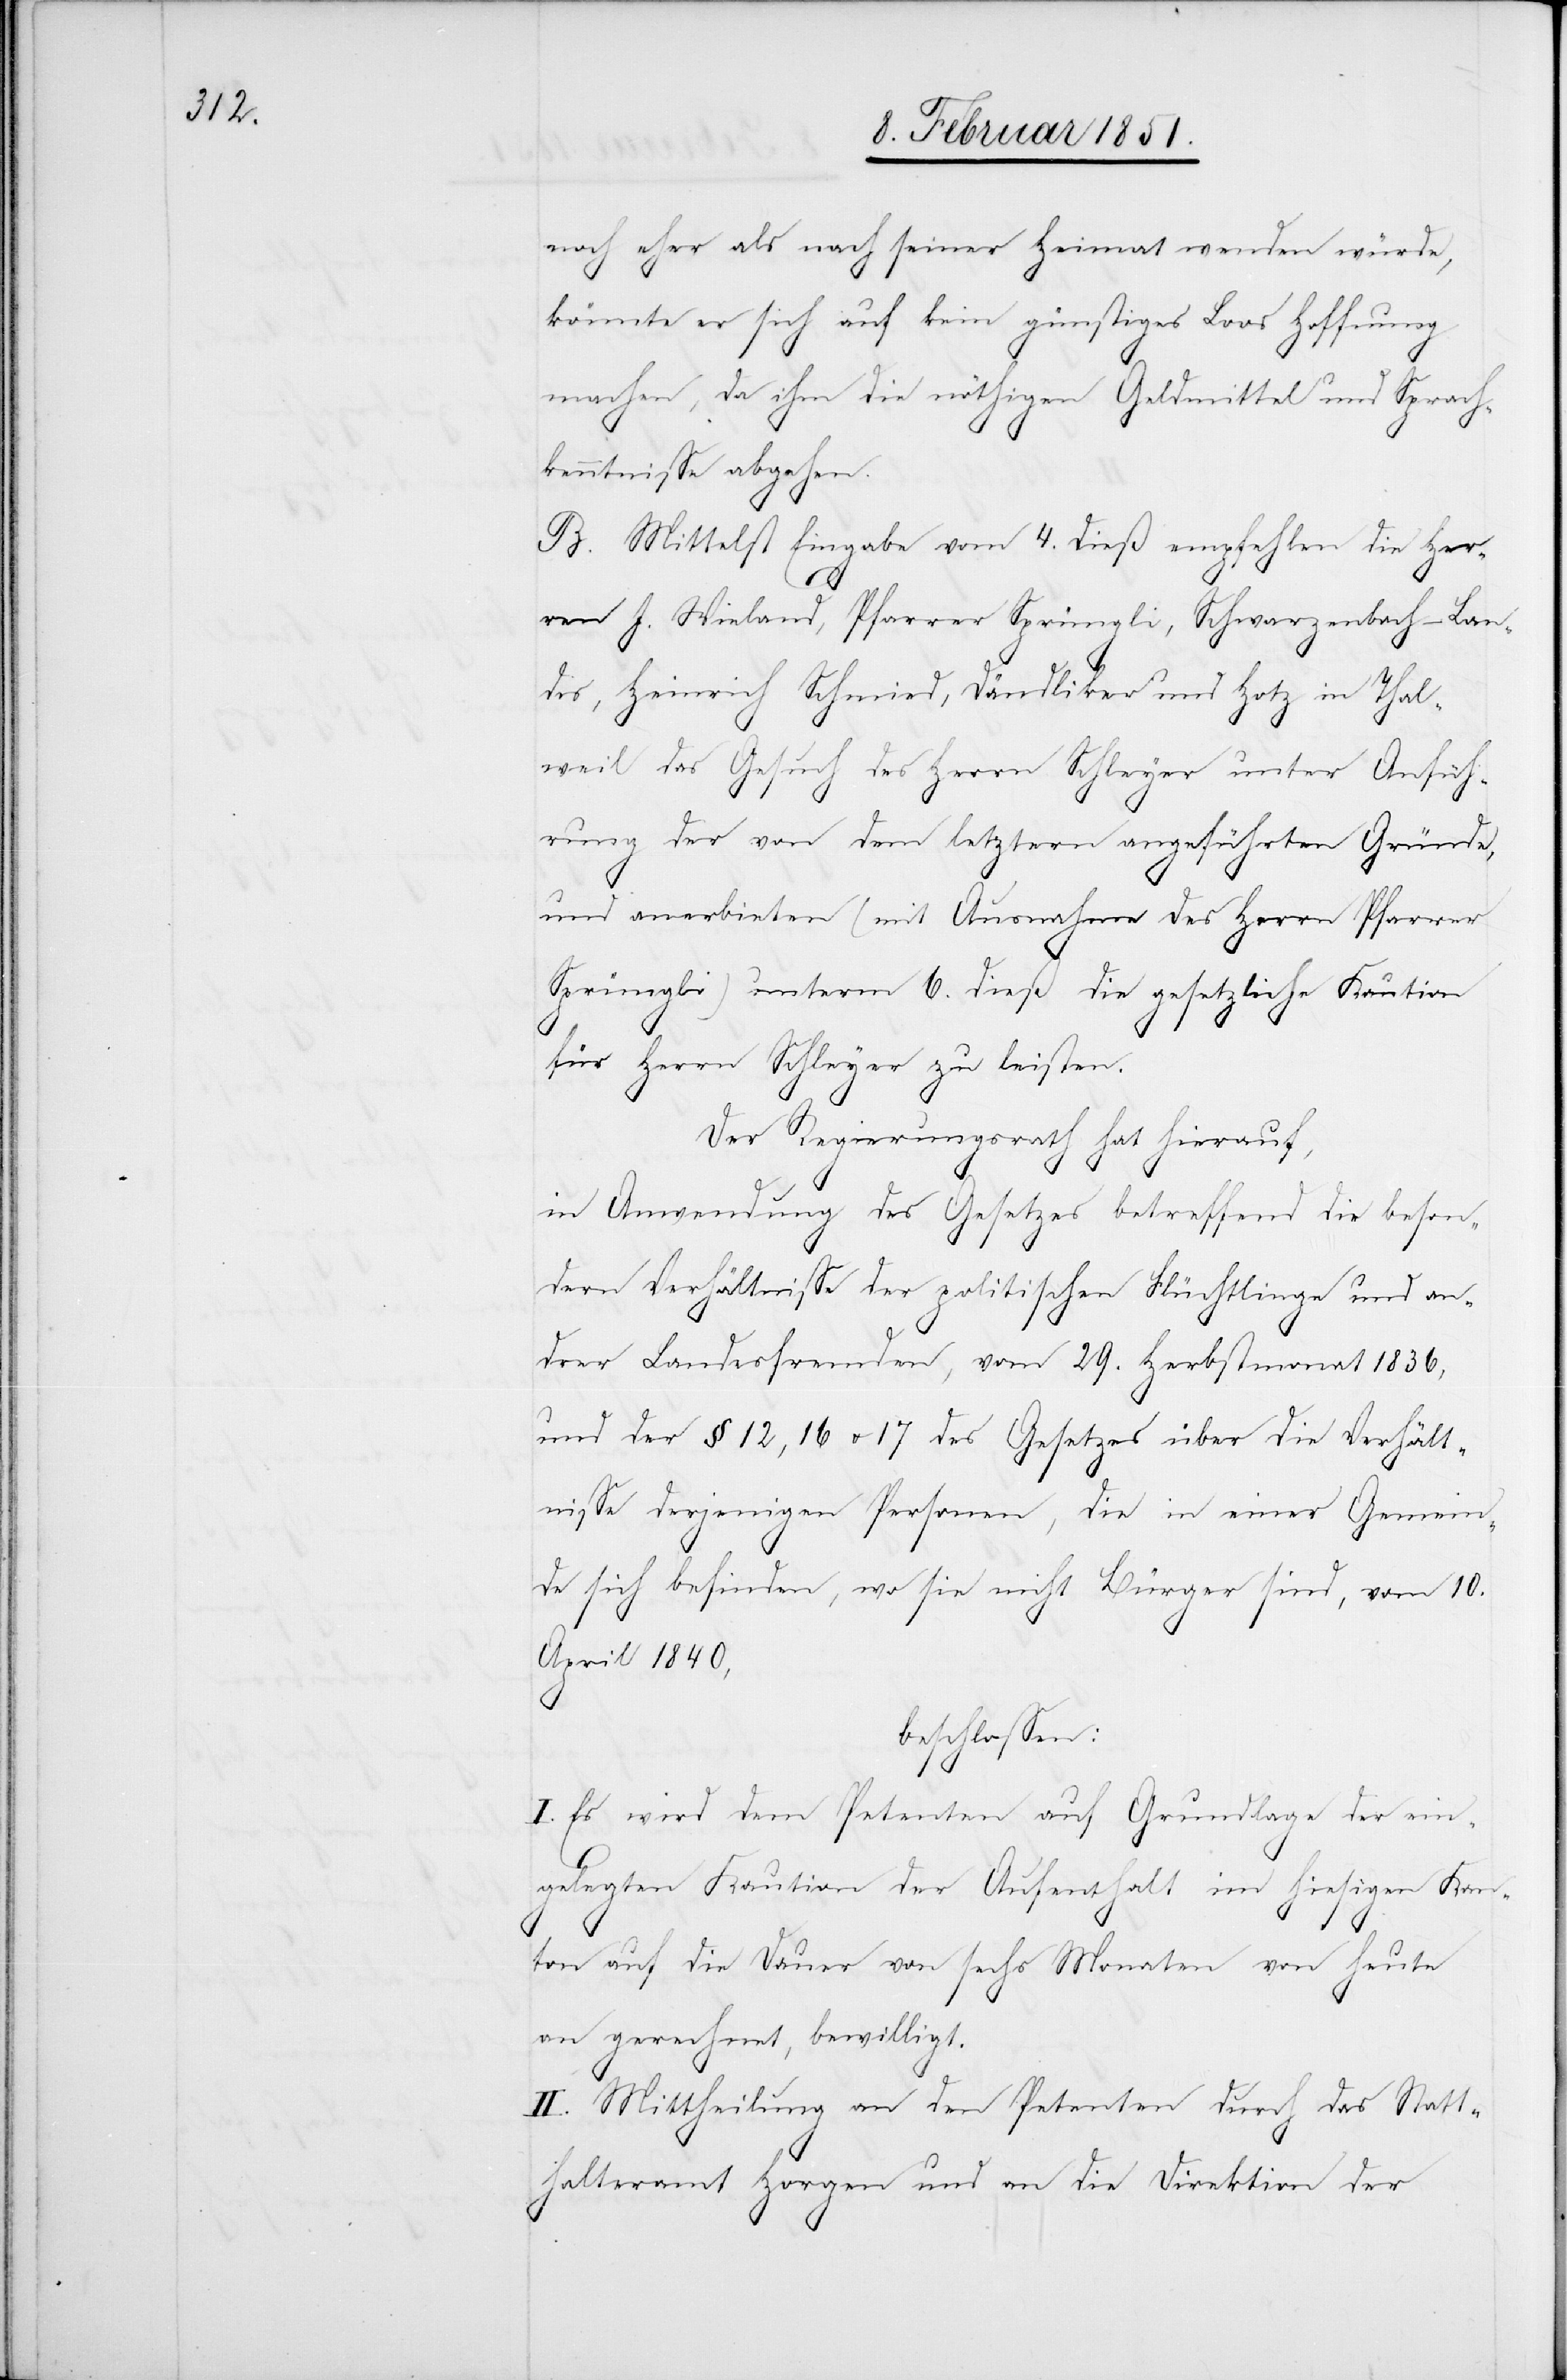
noch eher als nach seiner Heimat wenden würde,
könnte er sich auf kein günstiges Loos Hoffnung
machen, da ihm die nöthigen Geldmittel und Sprach¬
kenntnisse abgehen.
B. Mittelst Eingabe vom 4. dieß empfehlen die Her¬
ren J. Wieland, Pfarrer Sprüngli, Schwarzenbach-Lan¬
dis, Heinrich Schmied, Dändliker und Hotz in Thal¬
weil das Gesuch des Herrn Schleyer unter Anfüh¬
rung der von dem letztern angeführten Gründe,
und anerbieten (mit Ausnahme des Herrn Pfarrer
Sprüngli) unterm 6. dieß die gesetzliche Kaution
für Herrn Schleyer zu leisten.
Der Regierungsrath hat hierauf,
in Anwendung des Gesetzes betreffend die beson¬
dern Verhältnisse der politischen Flüchtlinge und an¬
drer Landesfremden, vom 29. Herbstmonat 1836,
und der [§]§ 12, 16 u. 17 des Gesetzes über die Verhält¬
nisse derjenigen Personen, die in einer Gemein¬
de sich befinden, wo sie nicht Bürger sind, vom 10.
April 1840,
beschlossen:
I. Es wird dem Petenten auf Grundlage der ein¬
gelegten Kaution der Aufenthalt im hiesigen Kan¬
ton auf die Dauer von sechs Monaten von heute
an gerechnet, bewilligt.
II. Mittheilung an den Petenten durch das Statt¬
halteramt Horgen und an die Direktion der